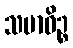
သမာဓိဉ္စ